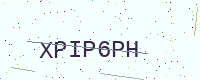
Text: XPIP6PH